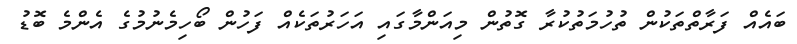
ބައެއް ފަރާތްތަކުން ތުހުމަތުކުރާ ގޮތުން މިއަންމާގައި އަހަރުތަކެއް ފަހުން ބޯހިމެނުމުގެ އެންމެ ބޮޑު